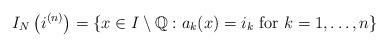
LaTeX: \begin{align*}I_N \left(i^{(n)}\right) = \{x \in I \setminus {\mathbb{Q}}: a_k(x) = i_k\mbox{ for } k=1,\ldots,n \} \end{align*}